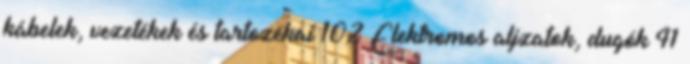
kábelek, vezetékek és tartozékai 102 Elektromos aljzatok, dugók 41